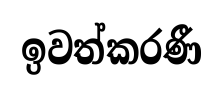
ඉවත්කරණී